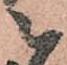
被